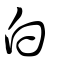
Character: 白